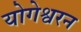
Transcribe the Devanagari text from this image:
योगेश्वरन